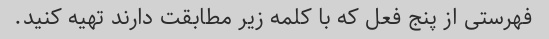
فهرستی از پنج فعل که با کلمه زیر مطابقت دارند تهیه کنید.